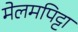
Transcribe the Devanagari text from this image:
मेलमपिट्टा